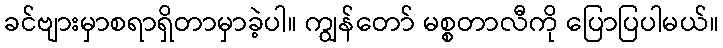
ခင်ဗျားမှာစရာရှိတာမှာခဲ့ပါ။ ကျွန်တော် မစ္စတာလီကို ပြောပြပါမယ်။